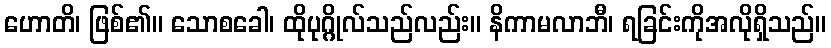
ဟောတိ၊ ဖြစ်၏။ သောစခေါ၊ ထိုပုဂ္ဂိုလ်သည်လည်း။ နိကာမလာဘီ၊ ရခြင်းကိုအလိုရှိသည်။